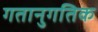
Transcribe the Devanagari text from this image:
गतानुगतिक